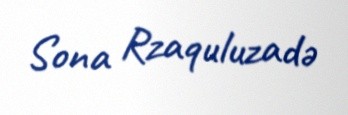
Sona Rzaquluzadə